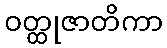
ဝတ္ထုဇာတိကာ